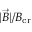
| \vec { B } | / B _ { \mathrm { c r } }